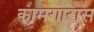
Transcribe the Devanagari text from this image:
कामगारास